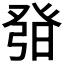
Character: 𤼰